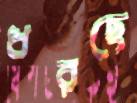
ধরছে